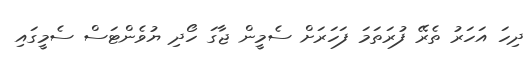
ދިހަ އަހަރު ތެރޭ ފުރަތަމަ ފަހަަރަށް ސެމީން ޖާގަ ހޯދި ޔުވެންޓަސް ސެމީގައި